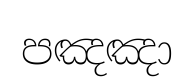
පඤඤා